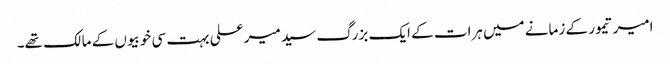
امیر تیمور کے زمانے میں ہرات کے ایک بزرگ سید میر علی بہت سی خوبیوں کے مالک تھے۔